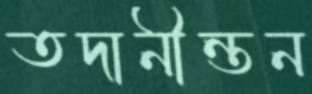
তদানীন্তন